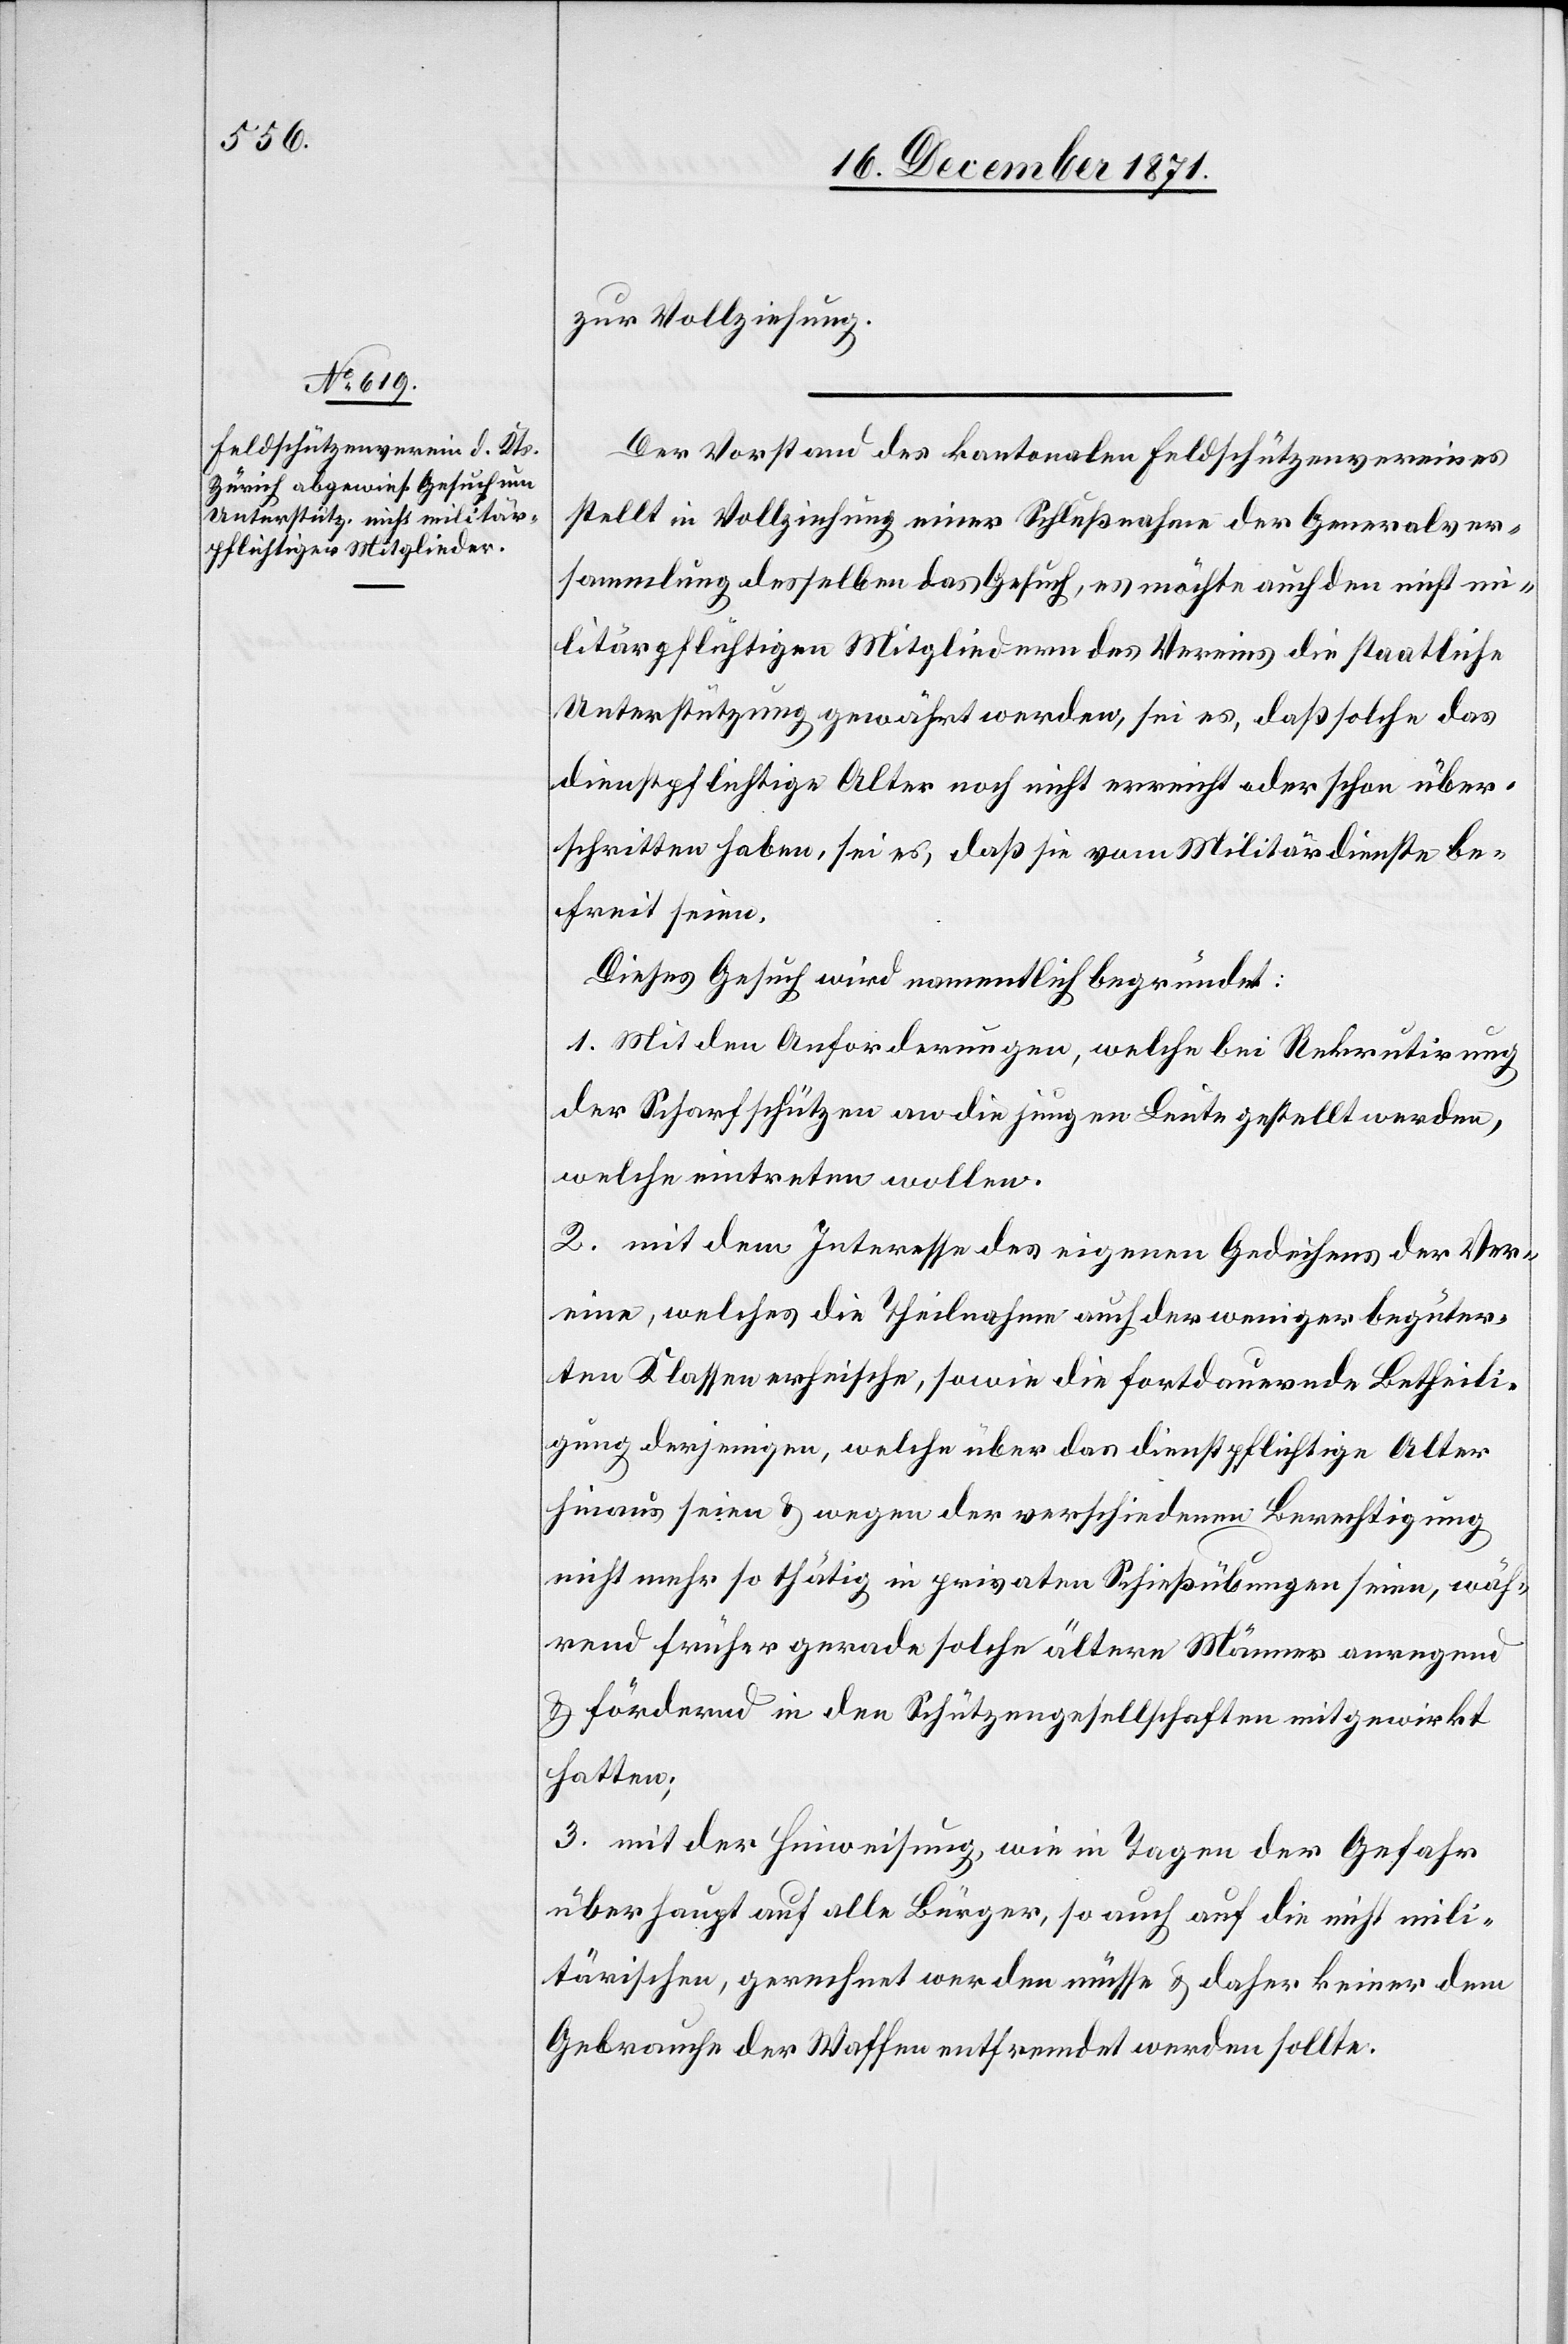
zur Vollziehung.
Der Vorstand des kantonalen Feldschützenvereines
stellt in Vollziehung einer Schlußnahme der Generalver¬
sammlung desselben das Gesuch, es möchte auch den nicht mi¬
litärpflichtigen Mitgliedern des Vereins die staatliche
Unterstützung gewährt werden, sei es daß solche das
dienstpflichtige Alter noch nicht erreicht oder schon über¬
schritten haben, sei es, daß sie vom Militärdienste be¬
freit seien.
Dieses Gesuch wird namentlich begründet:
1. Mit den Anforderungen, welche die Rekrutirung
der Scharfschützen an die jungen Leute gestellt werden,
welche eintreten wollen.
2. mit dem Interesse des eigenen Gedeihens der Ver¬
eine, welches die Theilnahme auch der weniger begüter¬
ten Klassen erheische, sowie die fortdauernde Betheili¬
gung derjenigen, welche über das dienstpflichtige Alter
hinaus seien & wegen der verschiedenen Berechtigung
nicht mehr so thätig in privaten Schießübungen seien, wäh¬
rend früher gerade solche ältern Männer anregend
& fördernd in den Schützengesellschaften mitgewirkt
hatten;
3. mit der Hinweisung, wie in Tagen der Gefahr
überhaupt auf alle Bürger, so auch auf die nicht mili¬
tärischen, gerechnet werden müsse & daher keiner dem
Gebrauche der Waffen enttfremdet werden sollte.